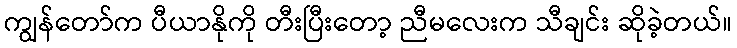
ကျွန်တော်က ပီယာနိုကို တီးပြီးတော့ ညီမလေးက သီချင်း ဆိုခဲ့တယ်။